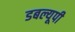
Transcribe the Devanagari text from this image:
डबल्यूपी